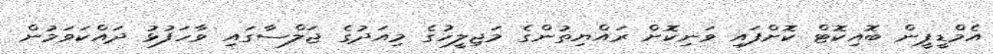
އެމްޑީޕީން ބޮއިކޮޓް ކޮށްފައި ވަނިކޮށް ރައްޔިތުންގެ މަޖިލީހުގެ މިއަދުގެ ޖަލްސާގައި ވާހަފުޅު ދައްކަވަމުން